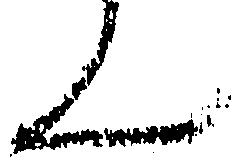
ん